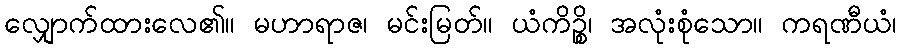
လျှောက်ထားလေ၏။ မဟာရာဇ၊ မင်းမြတ်။ ယံကိဉ္စိ၊ အလုံးစုံသော။ ကရဏီယံ၊